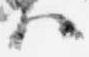
ハ